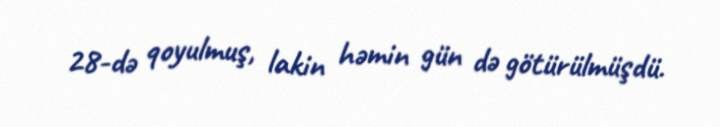
28-də qoyulmuş, lakin həmin gün də götürülmüşdü.